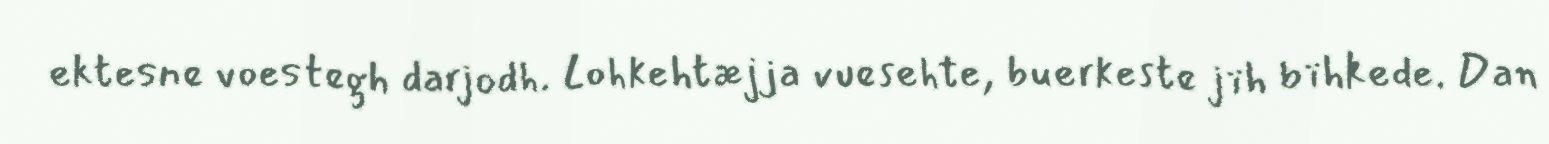
ektesne voestegh darjodh. Lohkehtæjja vuesehte, buerkeste jïh bïhkede. Dan